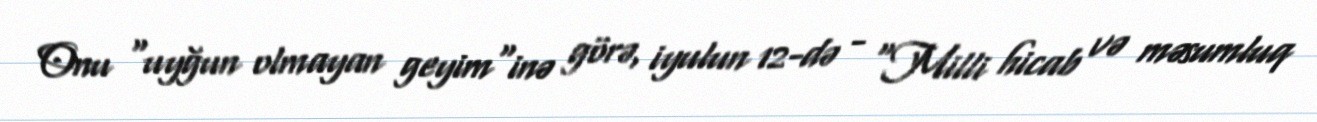
Onu "uyğun olmayan geyim"inə görə, iyulun 12-də - "Milli hicab və məsumluq